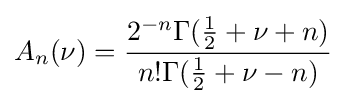
A_{n}(\nu )={\frac {2^{-n}\Gamma ({\frac {1}{2}}+\nu +n)}{n!\Gamma ({\frac {1}{2}}+\nu -n)}}